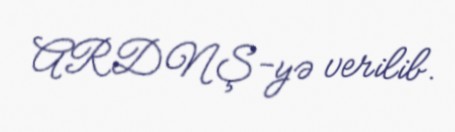
ARDNŞ-yə verilib.